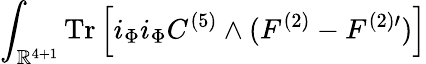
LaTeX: \int_{\mathbb{R}^{4+1}}\mathrm{{Tr}}\left[i_{\Phi}i_{\Phi}C^{(5)}\wedge(F^{(2)}-F^{(2)\prime})\right]